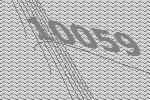
10059